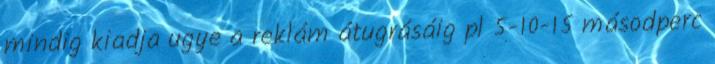
mindig kiadja ugye a reklám átugrásáig pl 5-10-15 másodperc